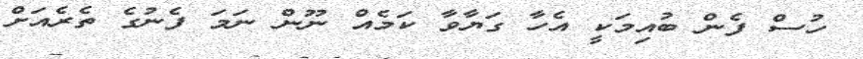
ހުސް ފެން ބުއިމަކީ އެހާ ގަޔާވާ ކަމެއް ނޫން ނަމަ ފެނުގެ ތެރެއަށް